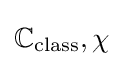
\mathbb {C} _{\text{class}},\chi